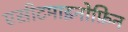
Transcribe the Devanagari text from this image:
एसीटमाइनोफ़िन